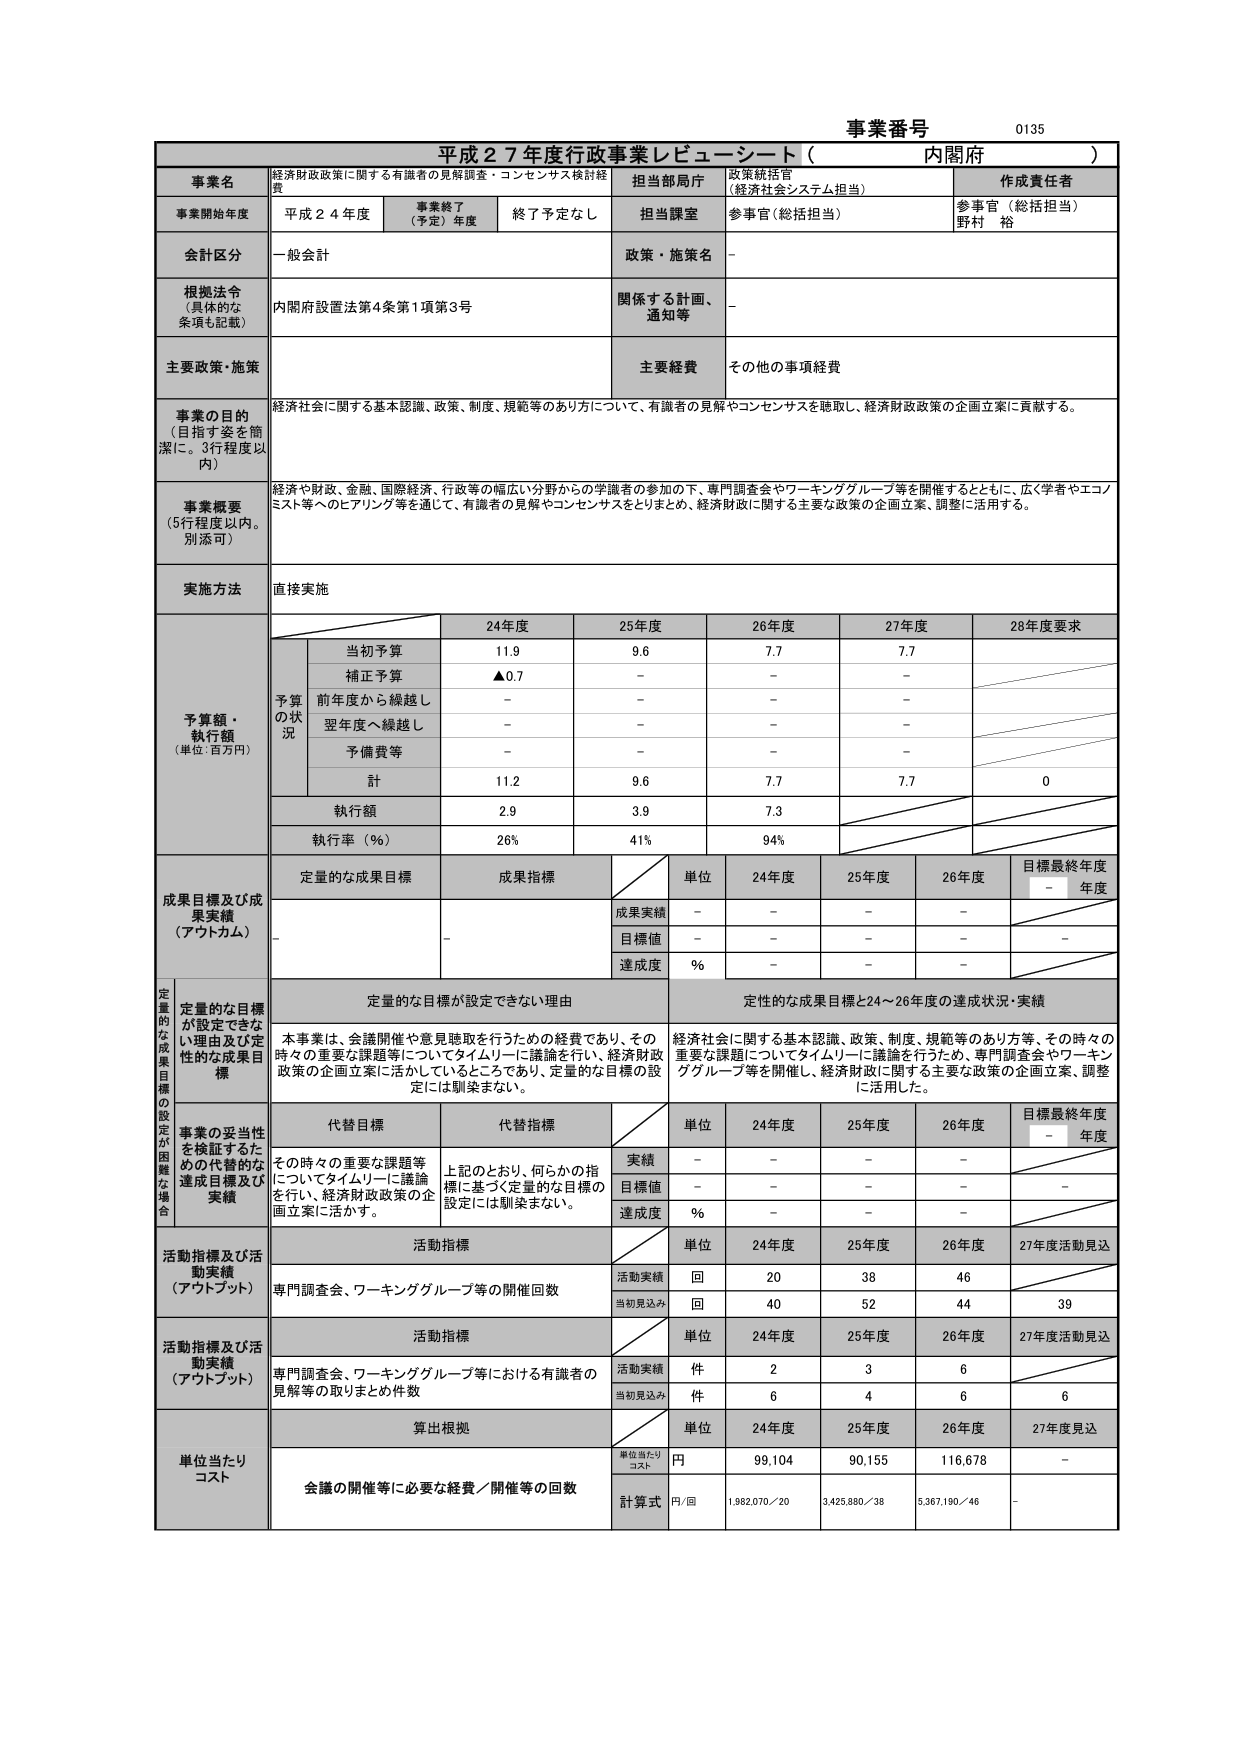
事業番号 0135
平成２７年度行政事業レピューシート（内閣府）

事業名 経済財政政策に関する有識者の見解調査・コンセンサス検討経費
担当部局庁 政策統括官（経済社会システム担当）
作成責任者 参事官（総括担当）野村 裕

事業開始年度 平成２４年度
事業終了（予定）年度 終了予定なし
担当課室 参事官（総括担当）

会計区分 一般会計
政策・施策名 －

根拠法令（具体的な条項も記載） 内閣府設置法第4条第1項第3号
関係する計画、通知等 －

主要政策・施策 主要経費 その他の事項経費

事業の目的（目指す姿を簡潔に。3行程度以内） 経済社会に関する基本認識、政策、制度、規範等のあり方について、有識者の見解やコンセンサスを聴取し、経済財政政策の企画立案に貢献する。

事業概要（5行程度以内。別添可） 経済や財政、金融、国際経済、行政等の幅広い分野からの学識者の参加の下、専門調査会やワーキンググループ等を開催するとともに、広く学者やエコノミスト等へのヒアリング等を通じて、有識者の見解やコンセンサスをとりまとめ、経済財政に関する主要な政策の企画立案、調整に活用する。

実施方法 直接実施

予算額・執行額（単位：百万円）
24年度 25年度 26年度 27年度 28年度要求
予算の状況
当初予算 11.9 9.6 7.7 7.7
補正予算 ▲0.7 － － －
前年度から繰越し － － － －
翌年度へ繰越し － － － －
予備費等 － － － －
計 11.2 9.6 7.7 7.7 0
執行額 2.9 3.9 7.3
執行率（％） 26% 41% 94%

成果目標及び成果実績（アウトカム）
定量的な成果目標 成果指標
単位 24年度 25年度 26年度 目標最終年度年度
成果実績 － － － －
目標値 － － － － －
達成度 ％ － － －

定量的な目標が設定できない理由
本事業は、会議開催や意見聴取を行うための経費であり、その時々の重要な課題等についてタイムリーに議論を行い、経済財政政策の企画立案に活かしているところであり、定量的な目標の設定には馴染まない。
定性的な成果目標
経済社会に関する基本認識、政策、制度、規範等のあり方等、その時々の重要な課題についてタイムリーに議論を行うため、専門調査会やワーキンググループ等を開催し、経済財政に関する主要な政策の企画立案、調整に活用した。

事業の妥当性を検証するための代替的な達成目標及び実績
代替目標 代替指標
単位 24年度 25年度 26年度 目標最終年度年度
実績 － － － －
目標値 － － － － －
達成度 ％ － － －

活動指標及び活動実績（アウトプット）
活動指標
単位 24年度 25年度 26年度 27年度活動見込
専門調査会、ワーキンググループ等の開催回数
活動実績 回 20 38 46
当初見込み 回 40 52 44 39

活動指標
単位 24年度 25年度 26年度 27年度活動見込
専門調査会、ワーキンググループ等における有識者の見解等の取りまとめ件数
活動実績 件 2 3 6
当初見込み 件 6 4 6 6

単位当たりコスト
算出根拠
単位当たりコスト
単位 24年度 25年度 26年度 27年度見込
会議の開催等に必要な経費／開催等の回数
計算式 円 99,104 90,155 116,678 －
円/回 1,982,070／20 3,425,880／38 5,367,190／46 －